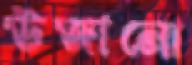
উজানো